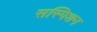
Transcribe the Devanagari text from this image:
सस्पिशन